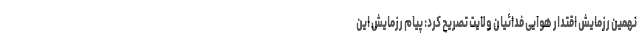
نهمین رزمایش اقتدار هوایی فدائیان ولایت تصریح کرد: پیام رزمایش این